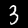
Label: 3